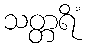
သတ္တရိံ